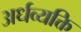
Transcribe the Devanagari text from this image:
अर्धव्यक्ति